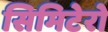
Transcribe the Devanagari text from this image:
सिमिटेरो